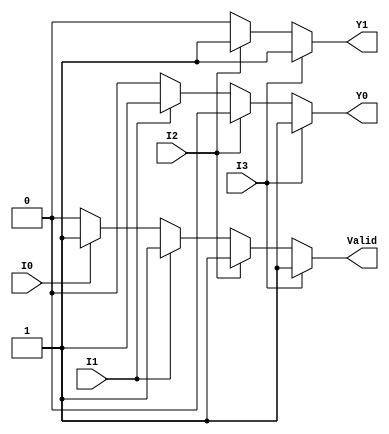
module priority_encoder_4to2 (
    input wire I3,
    input wire I2,
    input wire I1,
    input wire I0,
    output reg Y1,
    output reg Y0,
    output reg Valid
);
    
    always @(*) begin
        // Default values
        Y1 = 0;
        Y0 = 0;
        Valid = 0;

        // Priority Encoding Logic
        if (I3) begin
            Y1 = 1;
            Y0 = 1;
            Valid = 1;
        end else if (I2) begin
            Y1 = 1;
            Y0 = 0;
            Valid = 1;
        end else if (I1) begin
            Y1 = 0;
            Y0 = 1;
            Valid = 1;
        end else if (I0) begin
            Y1 = 0;
            Y0 = 0;
            Valid = 1;
        end
    end

endmodule